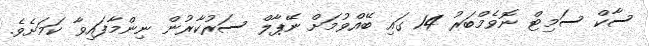
ސާކް ސަމިޓް ނޮވެމްބަރު 14 ގައި ބޭއްވުމަށް ނޭޕާލް ސަރުކާރުން ނިންމާފައިވާ ކަމަށެވެ.